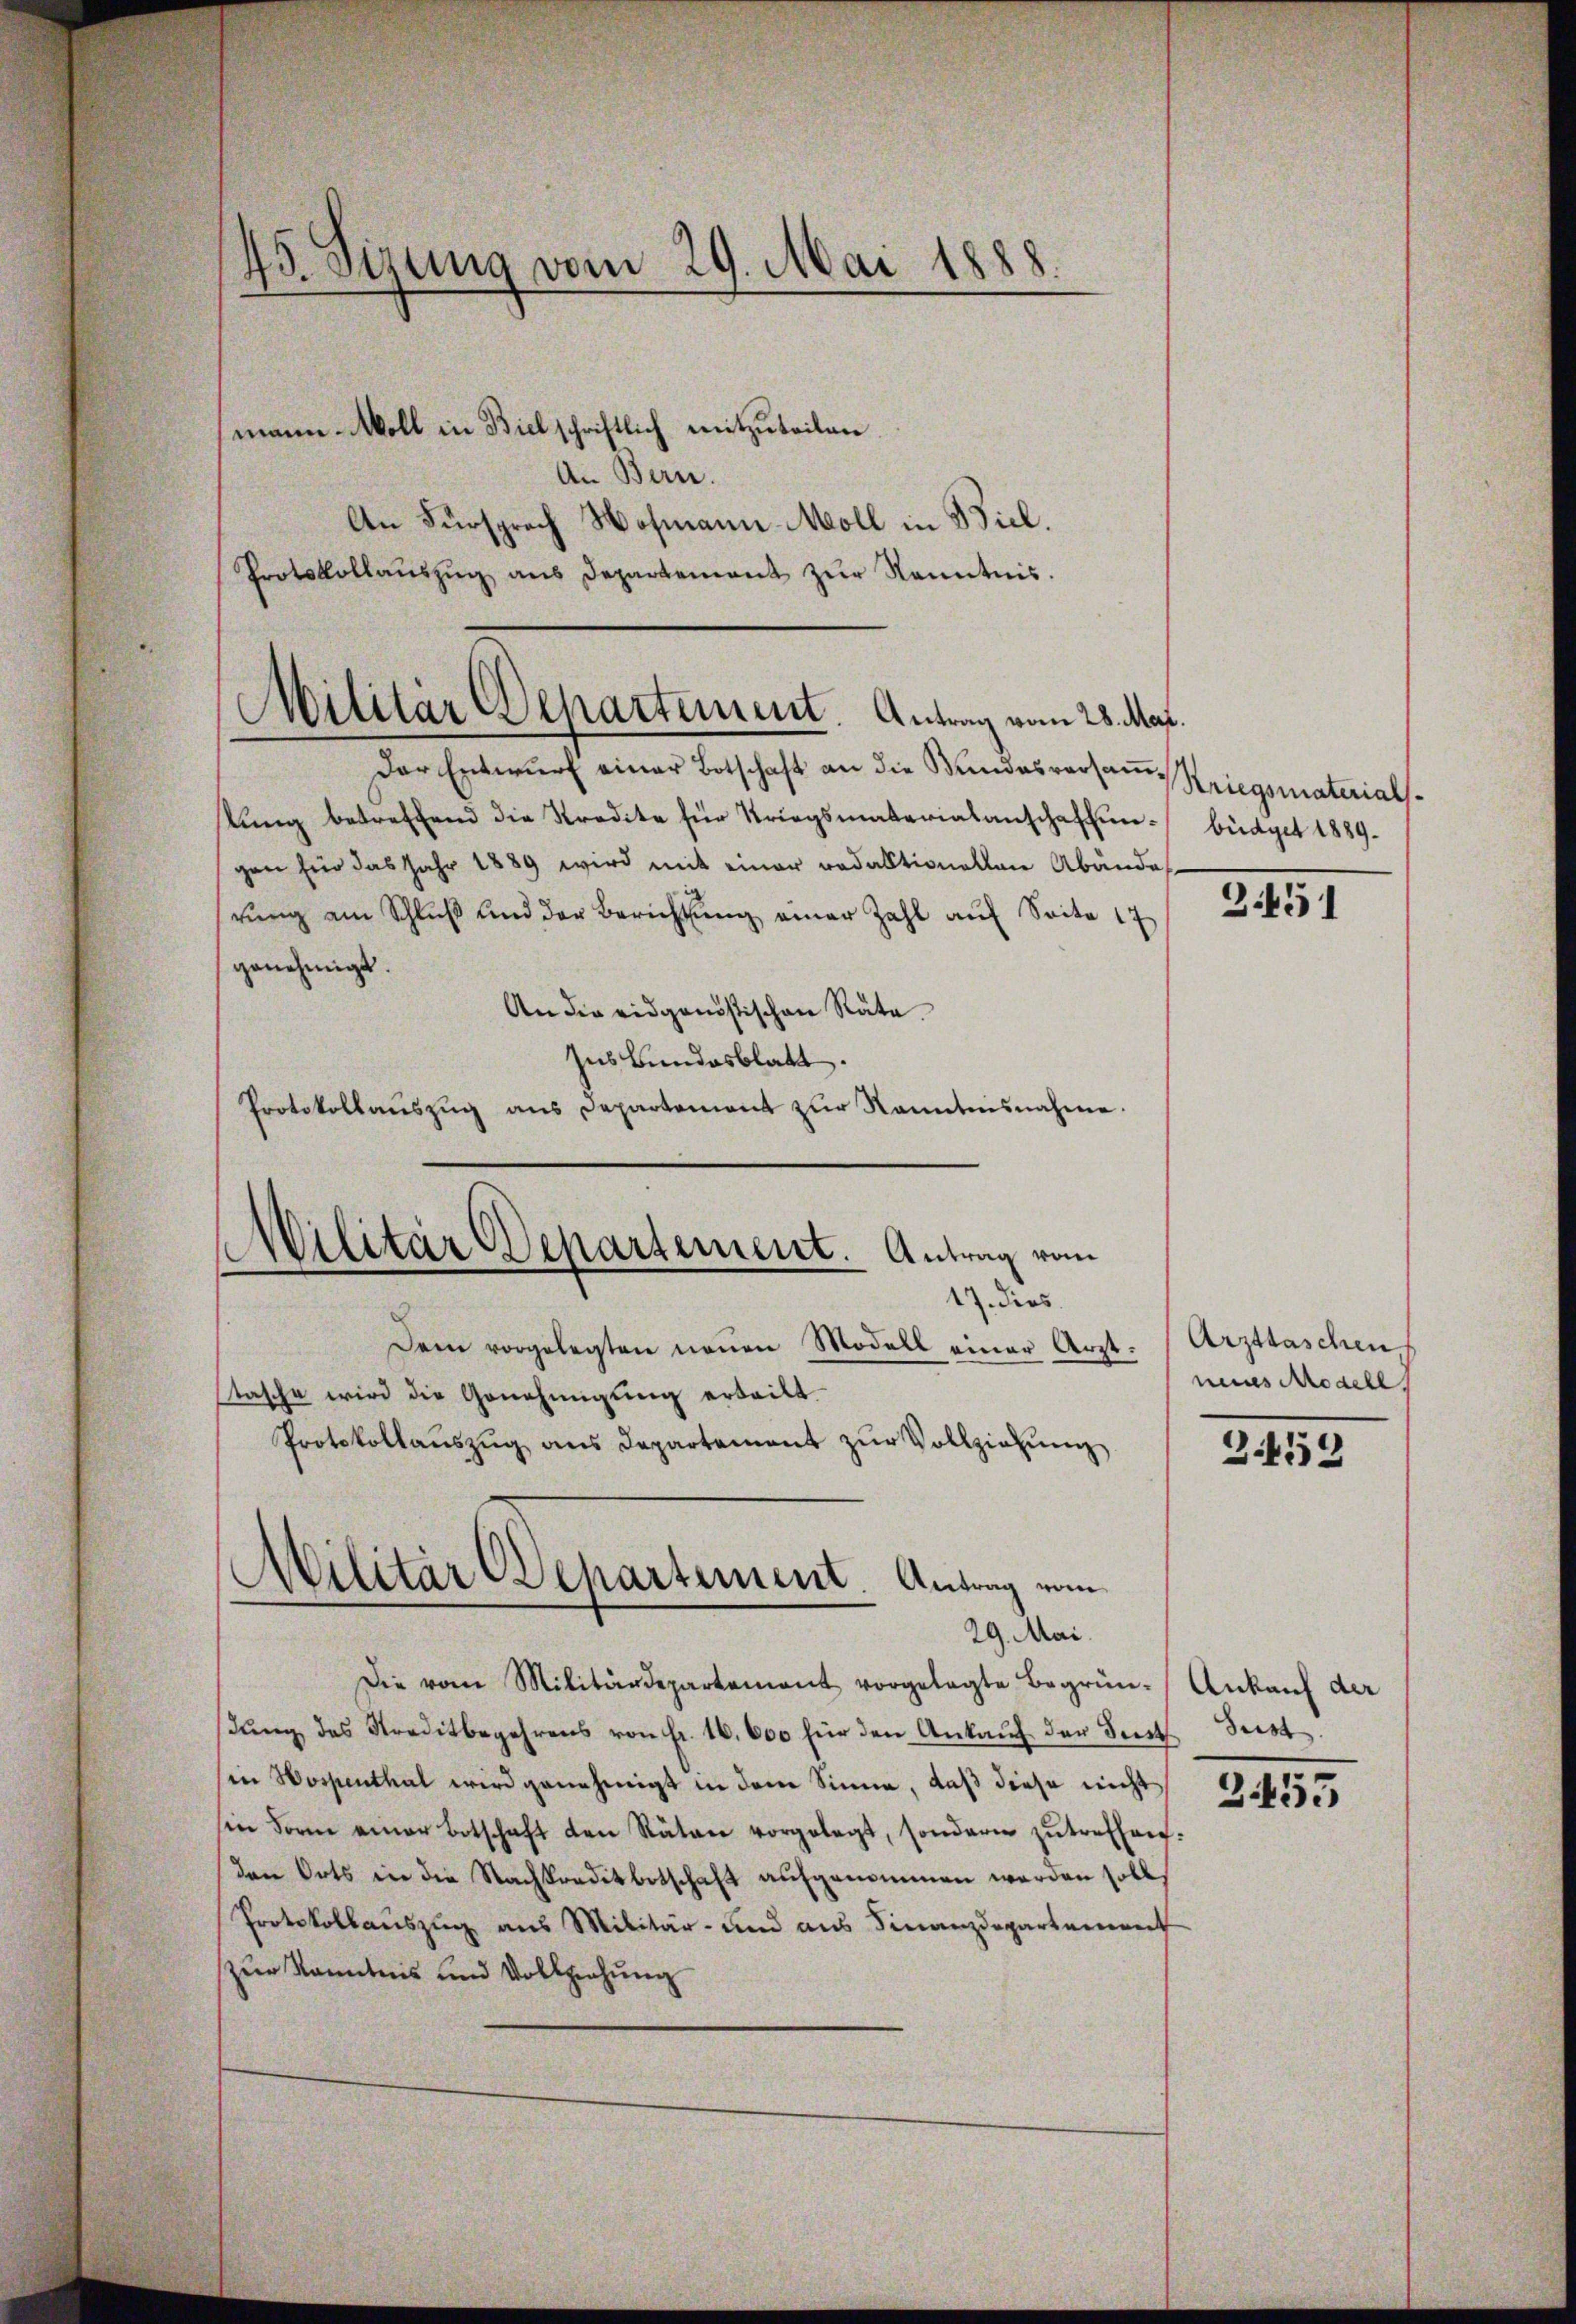
45. Sizung vom 29. Mai 1888.

mann Moll in Biel schriftlich mitzuteilen.
An Bern.
An Fürsprach Hofmann Moll in Biel.
Protokollaŭszŭg ans Departement zŭr Kenntnis.

Militär Departement. Antrag vom 28. Mar.

Der Entwŭrf einer Botschaft an die Bundesversaṁ-Kriegsmaterials-
lŭng betreffend die Stradite für Kriegsmaterialanschaffen- büdget 1889.
gen für das Jahr 1889 wird mit einer redaktionellen Abände
hrung am Schluß und der Berichtung einer Zahl auf Seite 17
genehmigt.
An die eidgenössischen Räte.
Ins Bundesblatt.
Protokollauszug aus Departement zur Kanntnisnahme.
Dem vorgelegten neuen Modell einer Arzt.
stasche wird die Genehmigŭng erteilt.
Protokollaŭszŭg ans Departement zŭr Vollziehŭng
Militär Departement. Antrag vom
29. Mai.
Die vom Militärdepartement vorgelegte Begrün-
dung des Kreditbegehrens von fr. 16,000 für den Ankauf der Seit Fest
in Hospenthal wird genehmigt in dem Sinne, daß diese nicht
sin Form einer Botschaft den Räten vorgelegt, sondern zŭtreffen:
den Orts in die Nachpreditbotschaft aufgenommen werden soll,
Protokollauszug aus Militär- und aus Finanzdepartement
zur Kenntnis und Vollziehung

(Militär Departement. Antrag vom
17. dies

3451

Arzttaschen
neues Modell

3459

Ankauf der

3453